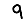
Digit: 9